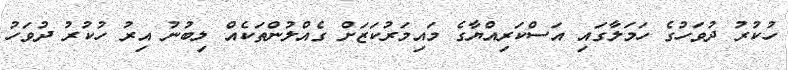
ހުކުރު ދުވަހުގެ ހަމަލާގައި އަސްކަރިއްޔާގެ މައިމަރުކަޒަށް ގެއްލުންތަކެއް ލިބުނު އިރު ހުކުރު ދުވަހު